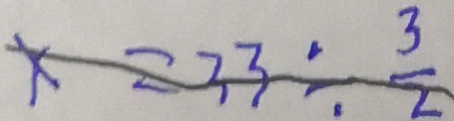
x = 3 3 \div \frac { 3 } { 2 }